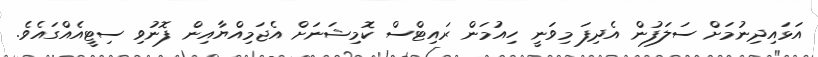
އަޅައިދިނުމަށް ސަލަފުން އެދިފަ މިވަނީ ހިއުމަން ރައިޓްސް ކޮމިޝަނަށް އެޖަމިއްޔާއިން ފޮނުވި ސިޓީއެއްގައެވެ.